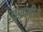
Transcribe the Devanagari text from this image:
धृपदगीते